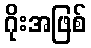
ဂိုးအဖြစ်